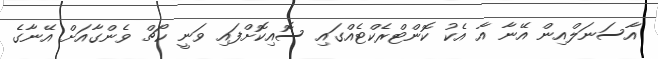
އާސަނަލްއިން އޭނާ އާ އެކު ކޮންޓްރެކްޓެއްގައި ސޮއިކޮށްފައި ވަނީ ކޯޗް ވެންގާއަށް އޭނާގެ